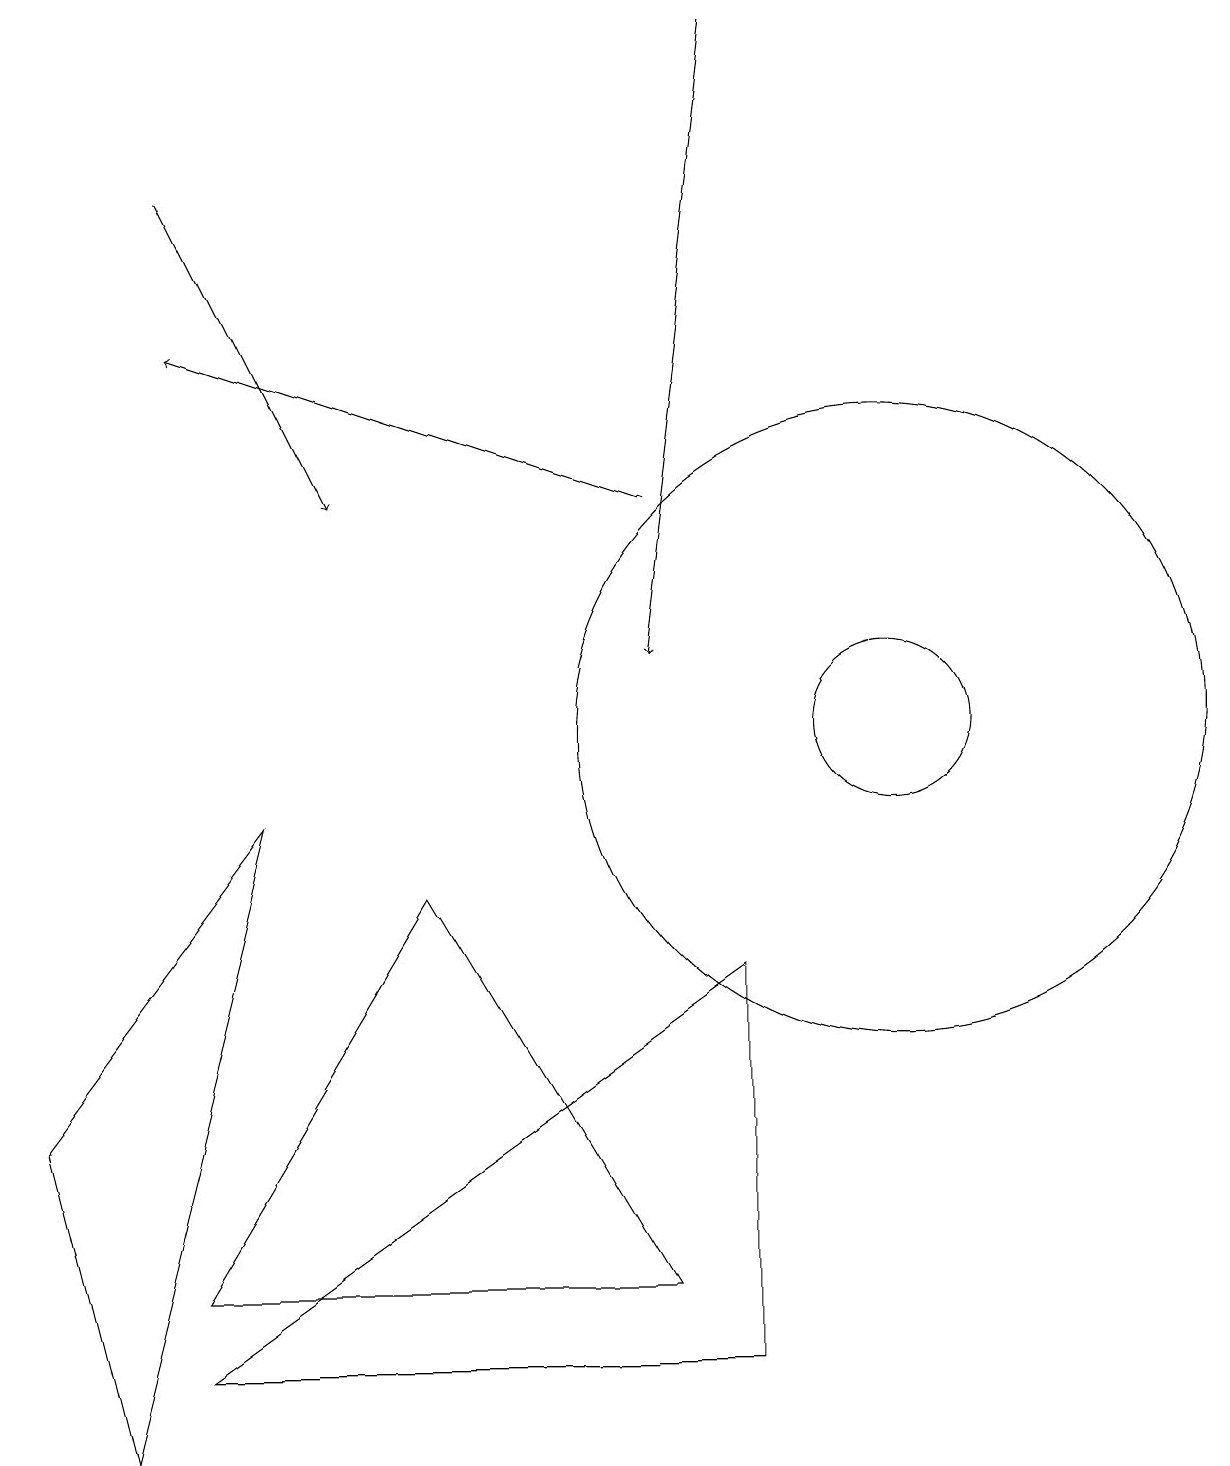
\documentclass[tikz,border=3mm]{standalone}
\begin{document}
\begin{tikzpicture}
\draw (11,10) circle (1);
\draw (9,2) -- (2,2) -- (9,7) -- cycle;
\draw[->] (8,13) -- (2,15);
\draw (5,8) -- (8,3) -- (2,3) -- cycle;
\draw[->] (2,17) -- (4,13);
\draw[->] (9,19) -- (8,11);
\draw (1,1) -- (0,5) -- (3,9) -- cycle;
\draw (11,10) circle (4);
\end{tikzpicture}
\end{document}